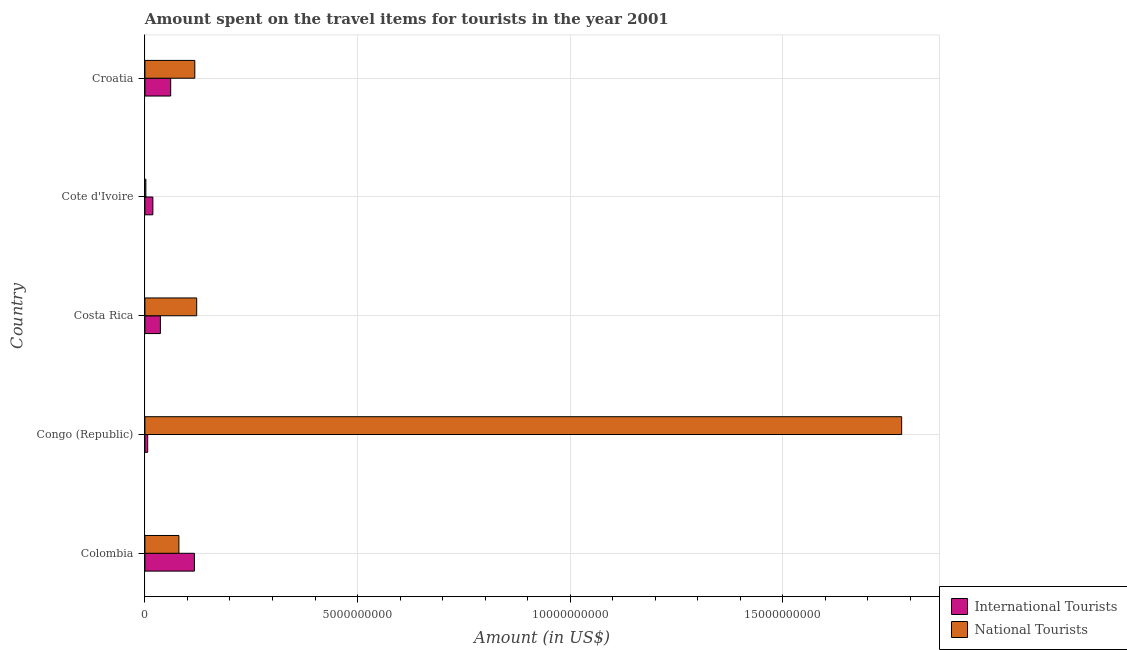
| Country | International Tourists | National Tourists |
 | --- | --- | --- |
 | Colombia | 1.16e+09 | 7.99e+08 |
 | Congo (Republic) | 6.5e+07 | 1.78e+10 |
 | Costa Rica | 3.64e+08 | 1.22e+09 |
 | Cote d'Ivoire | 1.87e+08 | 2.2e+07 |
 | Croatia | 6.06e+08 | 1.17e+09 |